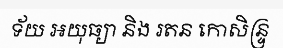
ទ័យ អយុធ្យា និង រតន កោសិន្ទ្រ